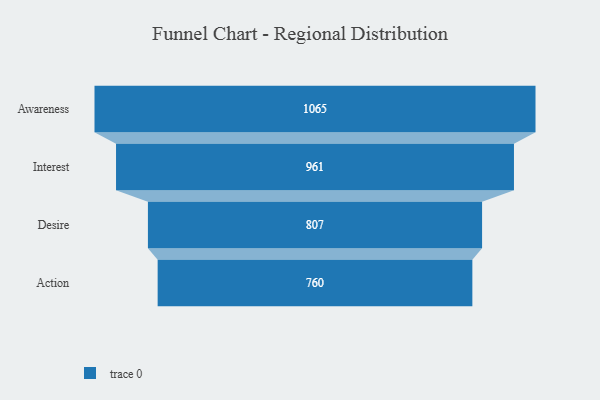
{"axis": {"x": "Stage", "y": "Value"}, "legend": [""], "data": [{"x": "Awareness", "y": 1065.0, "type": ""}, {"x": "Interest", "y": 961.0, "type": ""}, {"x": "Desire", "y": 807.0, "type": ""}, {"x": "Action", "y": 760.0, "type": ""}]}